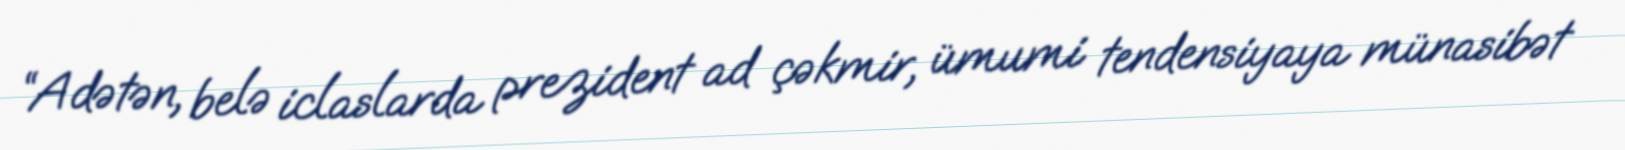
“Adətən, belə iclaslarda prezident ad çəkmir, ümumi tendensiyaya münasibət